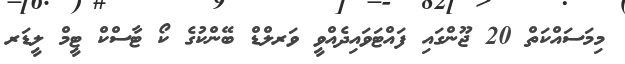
މިމަސައްކަތް 20 ޖޫންގައި ފައްޓަވައިދެއްވީ ވަރލްޑް ބޭންކުގެ ކޯ ޓާސްކް ޓީމް ލީޑަރ